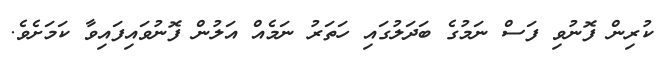
ކުރިން ފޮނުވި ފަސް ނަމުގެ ބަދަލުގައި ހަތަރު ނަމެއް އަލުން ފޮނުވައިފައިވާ ކަމަށެވެ.